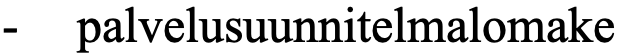
-  palvelusuunnitelmalomake